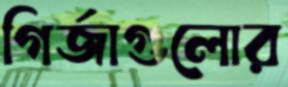
গির্জাগুলোর